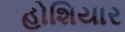
હોશિયાર